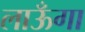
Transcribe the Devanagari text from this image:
लाऊँगा